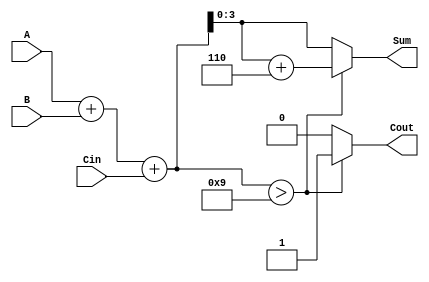
module BCD_Asynchronous_Adder(
    input [3:0] A,      // First BCD digit
    input [3:0] B,      // Second BCD digit
    input Cin,          // Carry-in
    output reg [3:0] Sum, // BCD result
    output reg Cout      // Carry-out
);

// Internal signal for binary sum
wire [4:0] binary_sum;

// Calculate the binary sum of A, B, and Cin
assign binary_sum = A + B + Cin;

// Always block for asynchronous behavior
always @(*) begin
    // Default values
    Sum = 4'b0000;
    Cout = 1'b0;

    // Check if the binary sum exceeds 9
    if (binary_sum > 5'd9) begin
        // Adjust for BCD by adding 6
        Sum = binary_sum[3:0] + 4'b0110; // Add 6 to correct to BCD
        Cout = 1'b1; // Set carry-out
    end else begin
        Sum = binary_sum[3:0]; // No adjustment needed
        Cout = 1'b0; // No carry-out
    end
end

endmodule